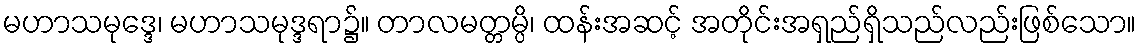
မဟာသမုဒ္ဒေ၊ မဟာသမုဒ္ဒရာ၌။ တာလမတ္တမ္ပိ၊ ထန်းအဆင့် အတိုင်းအရှည်ရှိသည်လည်းဖြစ်သော။